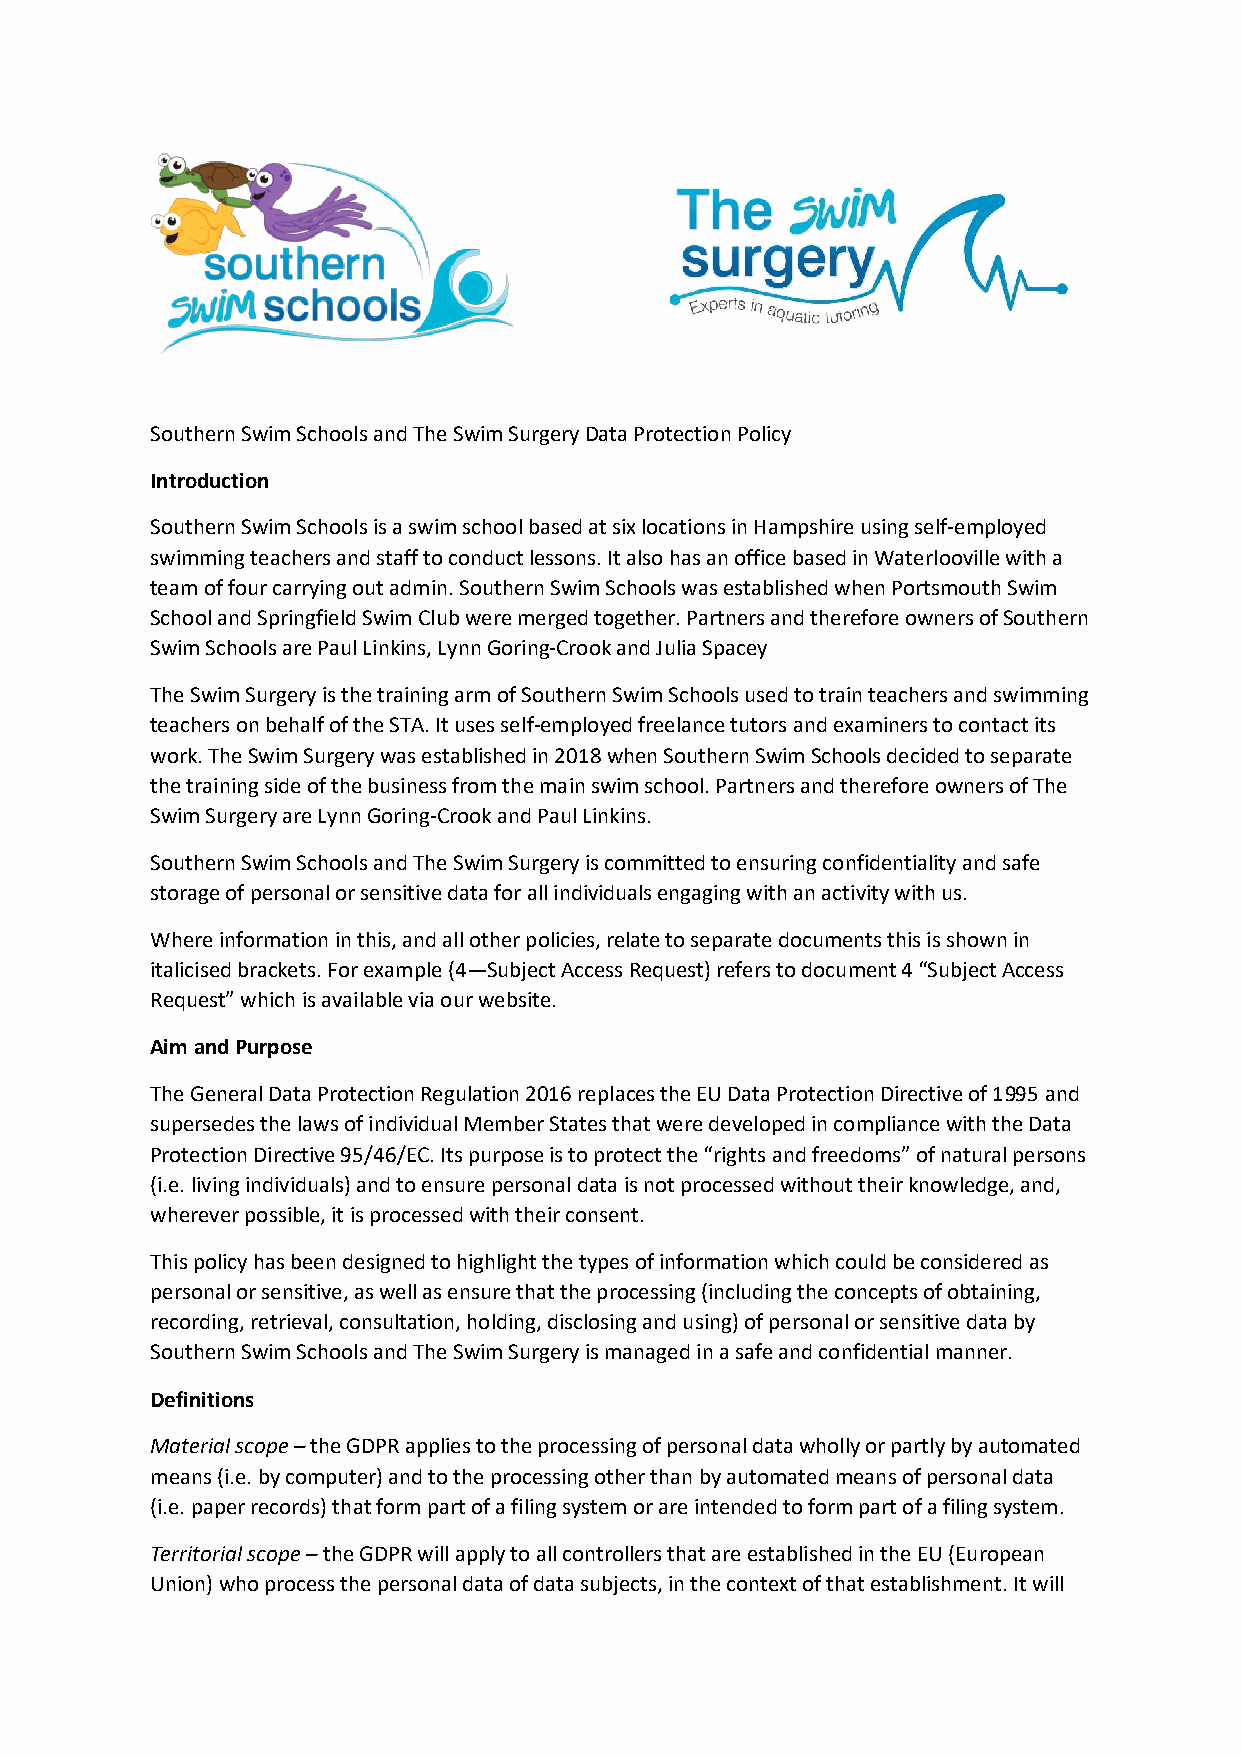
Southern Swim Schools and The Swim Surgery Data Protection Policy
 Introduction
 Southern Swim Schools is a swim school based at six locations in Hampshire using self-employed
 swimming teachers and staff to conduct lessons. It also has an office based in Waterlooville with a
 team of four carrying out admin. Southern Swim Schools was established when Portsmouth Swim
 School and Springfield Swim Club were merged together. Partners and therefore owners of Southern
 Swim Schools are Paul Linkins, Lynn Goring-Crook and Julia Spacey
 The Swim Surgery is the training arm of Southern Swim Schools used to train teachers and swimming
 teachers on behalf of the STA. It uses self-employed freelance tutors and examiners to contact its
 work. The Swim Surgery was established in 2018 when Southern Swim Schools decided to separate
 the training side of the business from the main swim school. Partners and therefore owners of The
 Swim Surgery are Lynn Goring-Crook and Paul Linkins.
 Southern Swim Schools and The Swim Surgery is committed to ensuring confidentiality and safe
 storage of personal or sensitive data for all individuals engaging with an activity with us.
 Where information in this, and all other policies, relate to separate documents this is shown in
 italicised brackets. For example (4—Subject Access Request) refers to document 4 “Subject Access
 Request” which is available via our website.
 Aim and Purpose
 The General Data Protection Regulation 2016 replaces the EU Data Protection Directive of 1995 and
 supersedes the laws of individual Member States that were developed in compliance with the Data
 Protection Directive 95/46/EC. Its purpose is to protect the “rights and freedoms” of natural persons
 (i.e. living individuals) and to ensure personal data is not processed without their knowledge, and,
 wherever possible, it is processed with their consent.
 This policy has been designed to highlight the types of information which could be considered as
 personal or sensitive, as well as ensure that the processing (including the concepts of obtaining,
 recording, retrieval, consultation, holding, disclosing and using) of personal or sensitive data by
 Southern Swim Schools and The Swim Surgery is managed in a safe and confidential manner.
 Definitions
 Material scope – the GDPR applies to the processing of personal data wholly or partly by automated
 means (i.e. by computer) and to the processing other than by automated means of personal data
 (i.e. paper records) that form part of a filing system or are intended to form part of a filing system.
 Territorial scope – the GDPR will apply to all controllers that are established in the EU (European
 Union) who process the personal data of data subjects, in the context of that establishment. It will